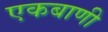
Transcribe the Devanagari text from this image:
एकबाणी